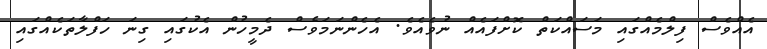
އެއްވެސް ފިލްމެއްގައި މަސައްކަތް ކޮށްފައެއް ނުވެއެވެ. އެހެންނަމަވެސް ދެމީހުން އެކުގައި ގިނަ ހަފްލާތަކެއްގައި